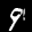
Label: 9